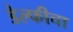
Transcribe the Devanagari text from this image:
डेल्फीचा